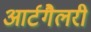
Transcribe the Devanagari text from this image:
आर्टगैलरी